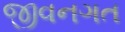
જીવનગત